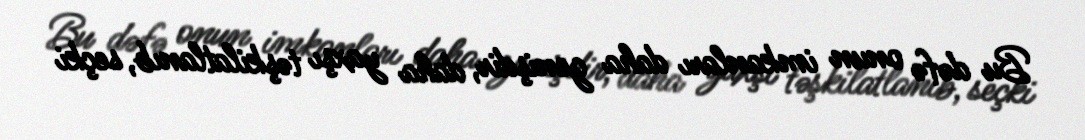
Bu dəfə onun imkanları daha genişdir, daha yaxşı təşkilatlanıb, seçki